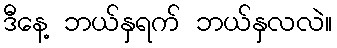
ဒီနေ့ ဘယ်နှရက် ဘယ်နှလလဲ။